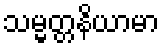
သမ္မတ္တနိယာမာ